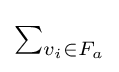
\textstyle \sum _{v_{i}\in F_{a}}